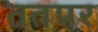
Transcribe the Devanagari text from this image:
ततपर